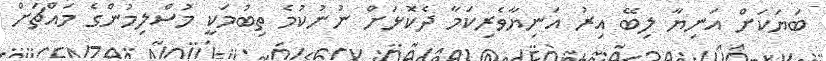
ބަޔަކަށް އަނިޔާ ލިބޭ އިރު އަނިޔާވެރިކަމާ ދެކޮޅަށް ނުނުކުމެ ތިބުމަކީ މުސްލިމުންގެ މައްޗަށް